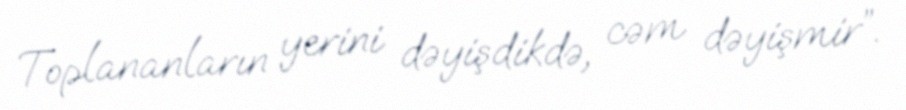
Toplananların yerini dəyişdikdə, cəm dəyişmir”.